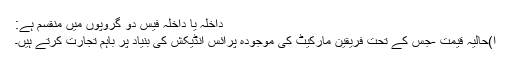
داخلہ یا داخلہ فیس دو گروپوں میں منقسم ہے:
ا)حالیہ قیمت -جس کے تحت فریقین مارکیٹ کی موجودہ پرائس انڈیکش کی بنیاد پر باہم تجارت کرتے ہیں۔